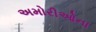
અમોરીઓના